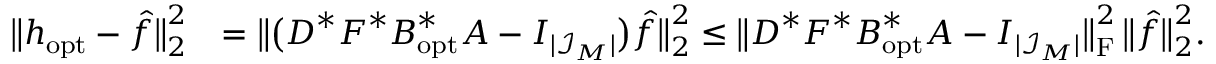
\begin{array} { r l } { \big \| \boldsymbol h _ { \mathrm { o p t } } - \b { \hat { f } } \big \| _ { 2 } ^ { 2 } } & { = \big \| \big ( \boldsymbol D ^ { * } \boldsymbol F ^ { * } \boldsymbol B _ { \mathrm { o p t } } ^ { * } \boldsymbol A - \boldsymbol I _ { | \mathcal I _ { \boldsymbol M } | } \big ) \b { \hat { f } } \big \| _ { 2 } ^ { 2 } \leq \big \| \boldsymbol D ^ { * } \boldsymbol F ^ { * } \boldsymbol B _ { \mathrm { o p t } } ^ { * } \boldsymbol A - \boldsymbol I _ { | \mathcal I _ { \boldsymbol M } | } \big \| _ { \mathrm F } ^ { 2 } \, \big \| \b { \hat { f } } \big \| _ { 2 } ^ { 2 } . } \end{array}